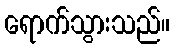
ရောက်သွားသည်။